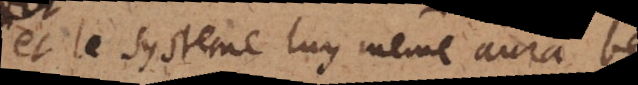
et le systeme luy même aura